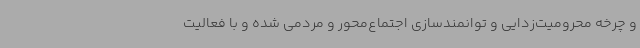
و چرخه محرومیت‌زدایی و توانمندسازی اجتماع‌محور و مردمی شده و با فعالیت